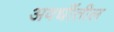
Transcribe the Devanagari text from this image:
अवधींतील